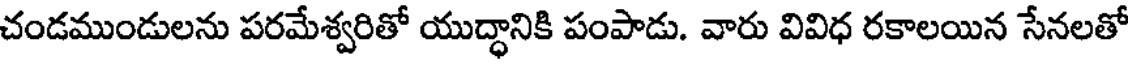
చండముండులను పరమేశ్వరితో యుద్ధానికి పంపాడు. వారు వివిధ రకాలయిన సేనలతో